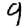
Digit: 9